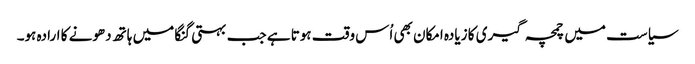
سیاست میں چمچہ گیری کا زیادہ امکان بھی اُس وقت ہوتا ہے جب بہتی گنگا میں ہاتھ دھونے کا ارادہ ہو۔